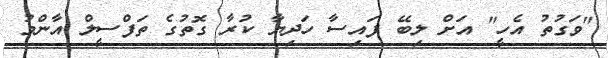
"ވަގުތު އެހީ" އަށް ލިބޭ ފައިސާ ހަދިޔާ ކުރާ ގޮތުގެ ތަފްސީލް އާންމު